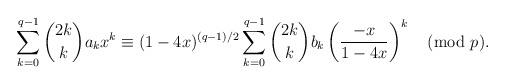
LaTeX: \begin{align*}\sum_{k=0}^{q-1}\binom{2k}{k} a_k x^k\equiv(1-4x)^{(q-1)/2}\sum_{k=0}^{q-1}\binom{2k}{k}b_k \left(\frac{-x}{1-4x}\right)^k\pmod{p}.\end{align*}